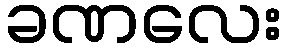
ခဏလေး